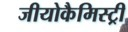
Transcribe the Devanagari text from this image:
जीयोकैमिस्ट्री